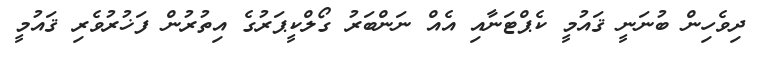
ދިވެހިން ބުނަނީ ޤައުމީ ކެޕްޓަނާއި އެއް ނަންބަރު ގޯލްކީޕަރުގެ އިތުރުން ފަޚުރުވެރި ޤައުމީ